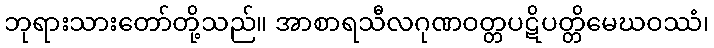
ဘုရားသားတော်တို့သည်။ အာစာရသီလဂုဏဝတ္တပဋိပတ္တိမေဃဝဿံ၊